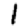
Digit: 1